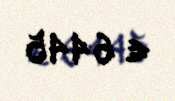
€ 6445